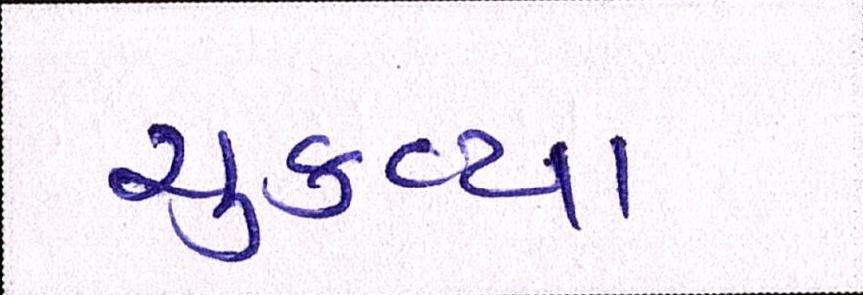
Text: ચુકવ્યા